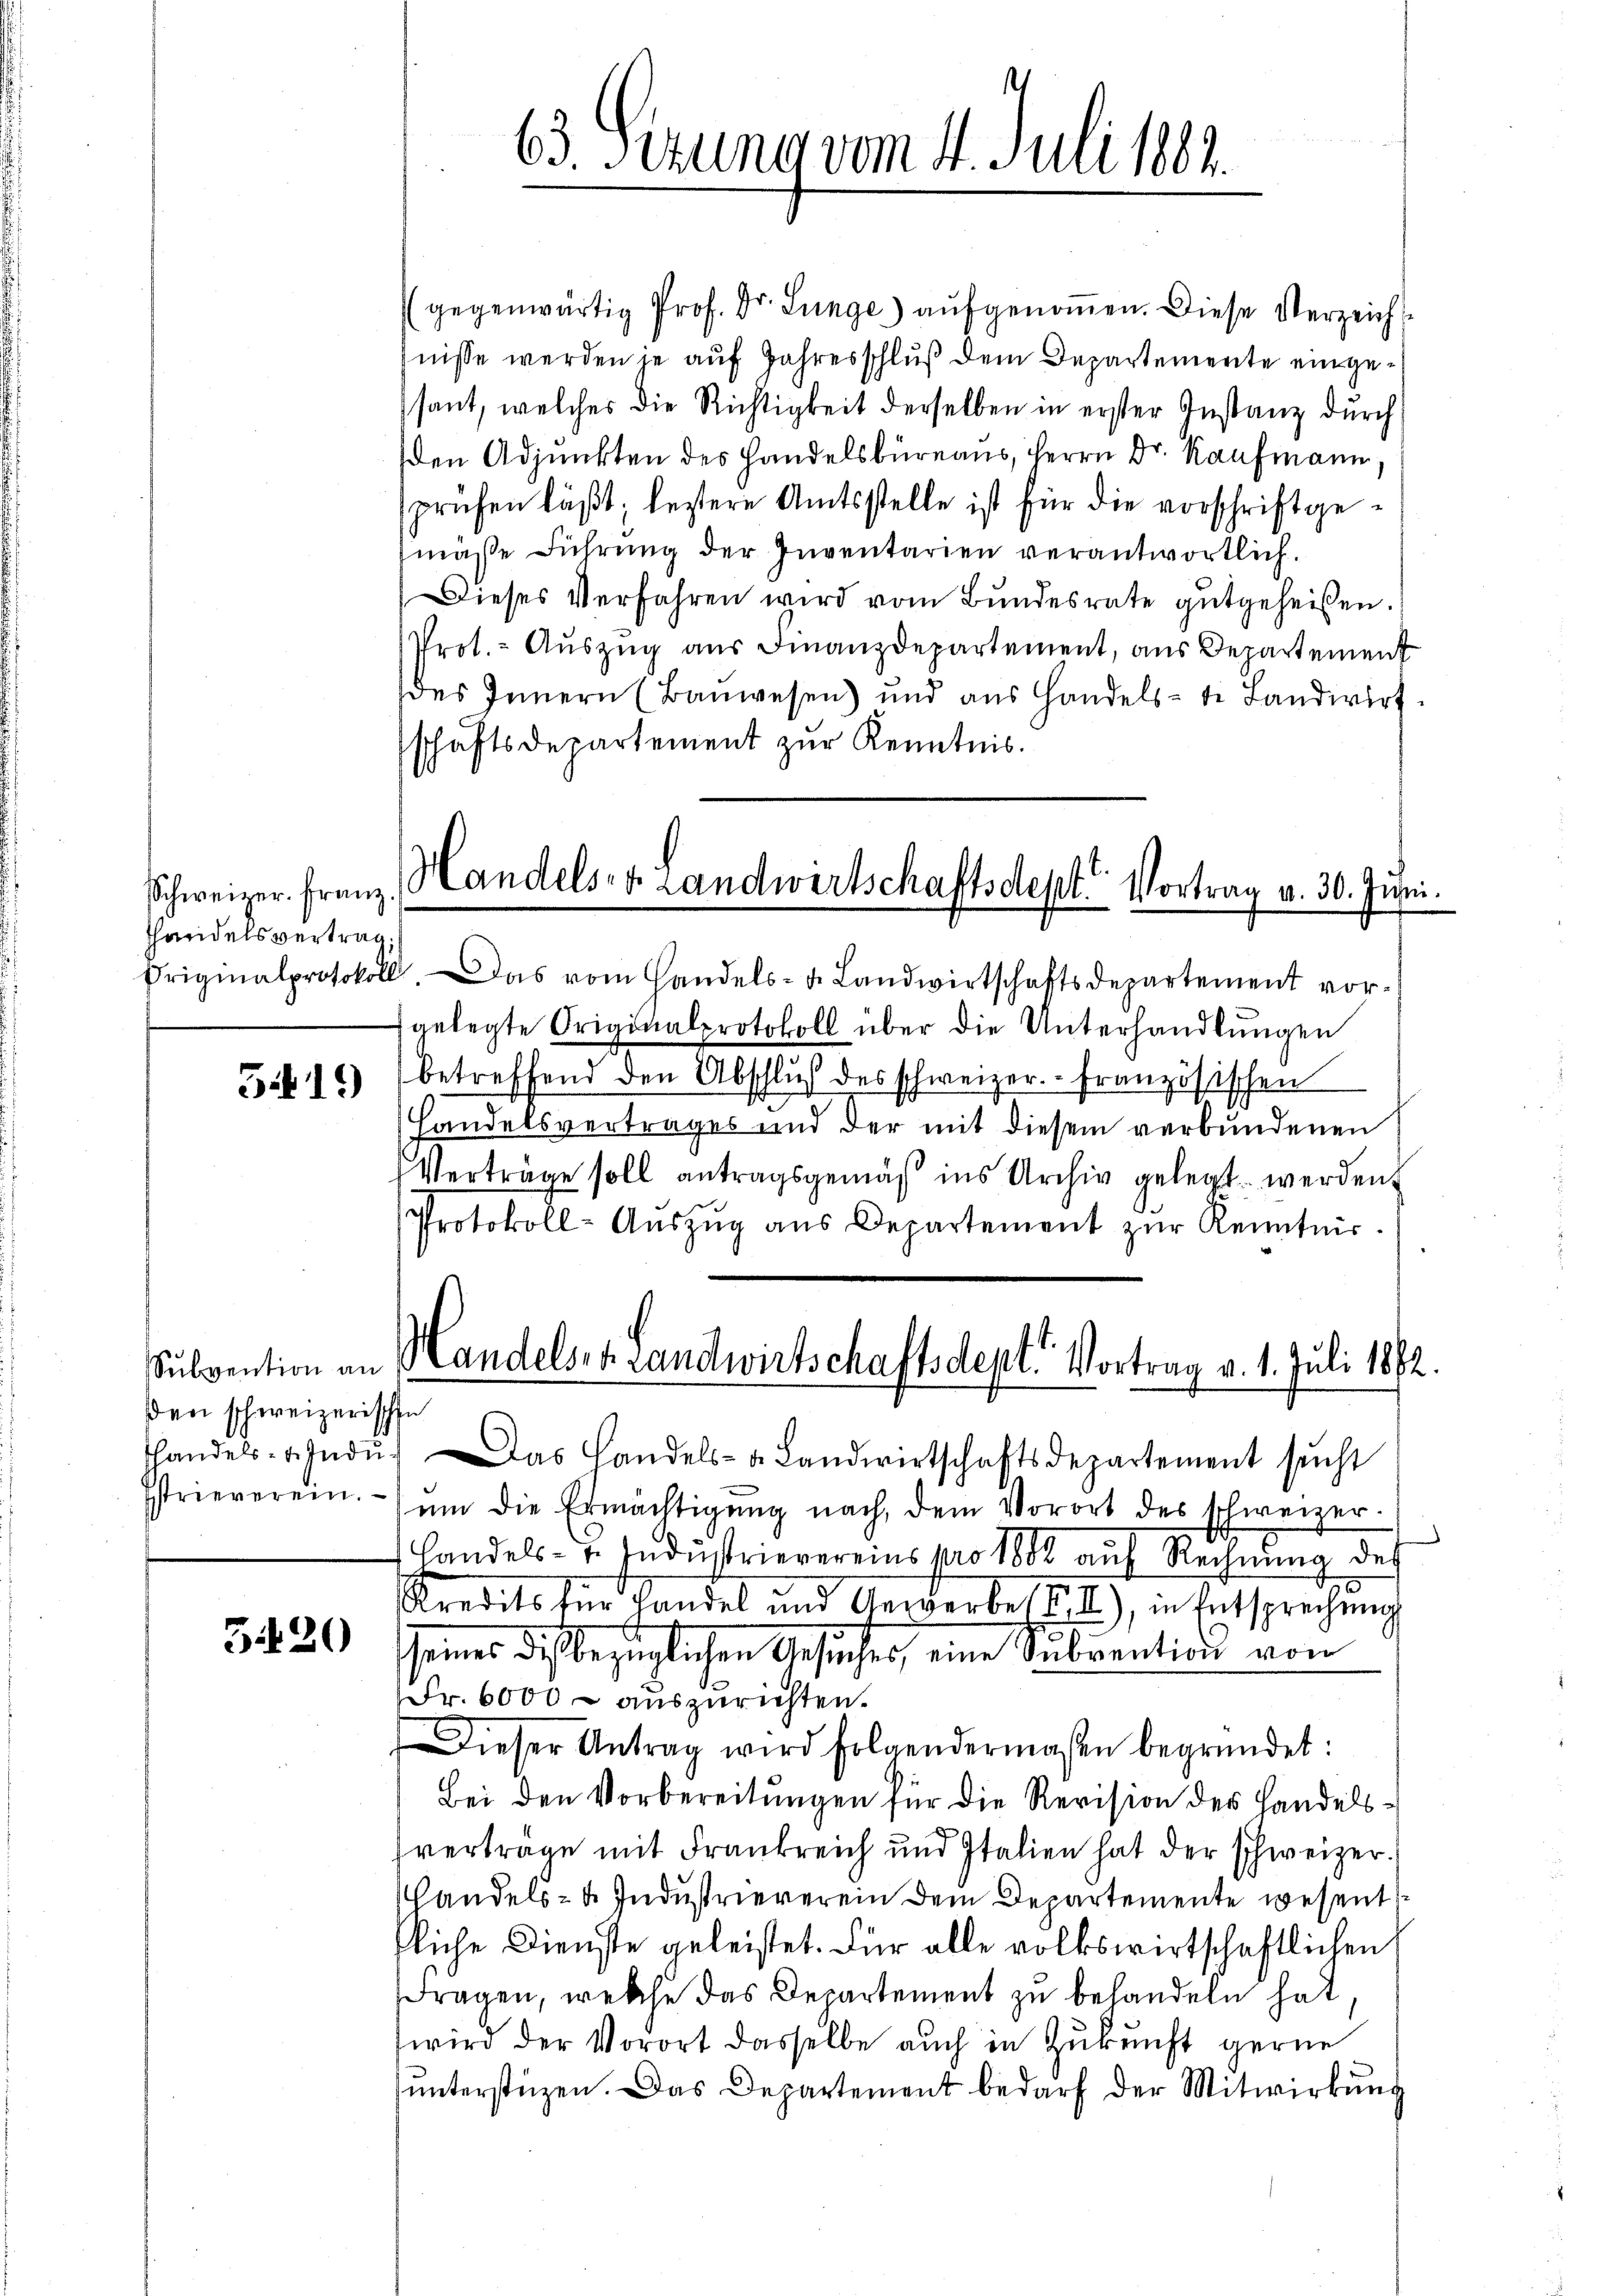
Schweizer. Franz
Thandelsvertrag.

5419)

gegenwärtig Prof. Dr. Lunge) aufgenoṁen. Diese Verzeicht
nisse werden je auf Jahresschluß dem Departemente eingesant, welches die Richtigkeit derselben in erster Instanz durch
den Adjunkten des Handelsbureaus, Herrn Dr. Kaufmann.
sprüfen läßt; lestere Amtsstelle ist für die vorschriftgemäße Führung der Inventarien verantwortlich.
Dieses Verfahren wird vom Bundesrate gutgeheißen.
Prot. - Auszug aus Finanzdepartement, aus Departement
des Innern (Baŭwesen) und aŭs Handelste Landwirt.
schäftsdepartement zur Kenntnis.

Subvention an
den schweizerischen
Istrieverein.

3420

63. Sezung vom 4. Juli 1884.

Handels- & Landwirtschaftsdept. Vortrag v. 30. Juni.

Originalprotokoll. Das vom Handels- u. Landwirtschaftsdepartement vor-
gelegte Originalprotokoll über die Unterhandlungen
betreffend den Abschluß des schweizer. Französischen
Handelsvertrages und der mit diesem verbundenen
Verträge soll antragsgemäß ins Archiv gelegt werden
Protokoll-Aŭszŭg aŭs Departement zŭr Kenntnis.
handels- u. Indŭ. Das Handels- u. Landwirtschaftsdepartement sucht
ŭm die Ermächtigŭng nach, dem Vorort des schweizer-
 Handels- 7. Indŭstrievereins pro 1882 aŭf Rechnŭng des
Kredits für Landel und Gerwerbeste), in Entsprechung
Gener das bezüglichen Gesuches, eine Subvention von
Fr. 6000 – auszurichten.
Dieser Antrag wird folgendermaßen begründet:
Bei den Vorbereitungen für die Revision des Handelsvertrage mit Frankreich und Italien hat der schweizer.
handels- u. Industrieverein dem Departemente wesent
fliche Dienste geleistet. Für alle volkswirtschaftlichen
dragen, welche das Departement zu behandeln hat
wird der Vorort dasselbe auch in Zurecht gerne
ŭnterstüzen. Das Departement bedarf der Mitwirkung

Handelst Landwirtschaftsdept. Vortrag v. 1. Juli 1872.